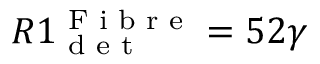
R 1 _ { \textrm { d e t } } ^ { \textrm { F i b r e } } = 5 2 \gamma